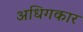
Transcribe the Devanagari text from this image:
अधिगकार